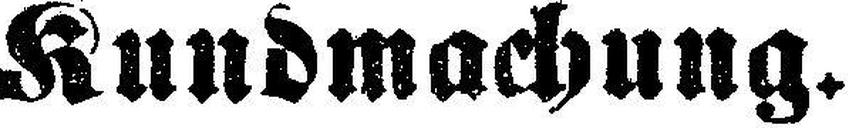
Kundmachung.